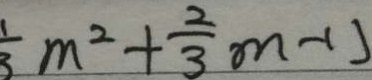
\frac { 1 } { 3 } m ^ { 2 } + \frac { 2 } { 3 } m - 1 )